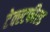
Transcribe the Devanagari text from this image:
टेक्स्टफील्ड